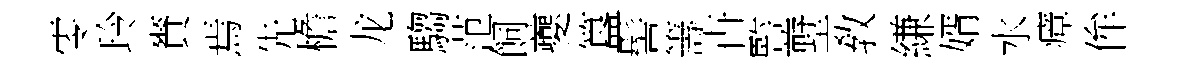
零玲賚焉先檐龙騶范飼夔簋髻籌卋䜿墅敎縑婿水瘴侔